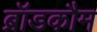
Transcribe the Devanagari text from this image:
ब्रॉडकौम